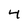
Character: 4